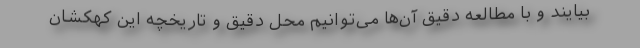
بیایند و با مطالعه دقیق آن‌ها می‌توانیم محل دقیق و تاریخچه این کهکشان